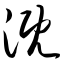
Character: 溉